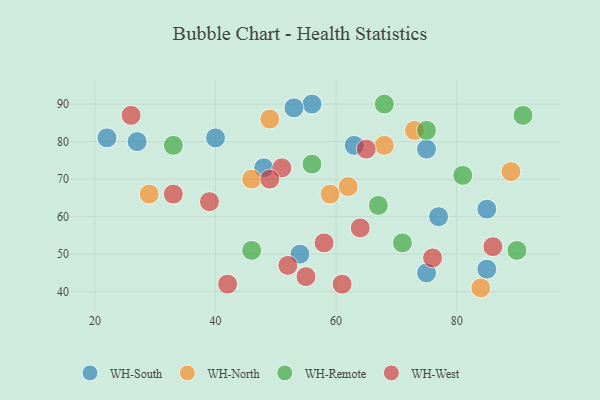
{"axis": {"x": "GDP", "y": "Life Expectancy"}, "legend": ["WH-North", "WH-Remote", "WH-South", "WH-West"], "data": [{"x": "77", "y": 60, "type": "WH-South"}, {"x": "56", "y": 90, "type": "WH-South"}, {"x": "27", "y": 80, "type": "WH-South"}, {"x": "54", "y": 50, "type": "WH-South"}, {"x": "75", "y": 45, "type": "WH-South"}, {"x": "48", "y": 73, "type": "WH-South"}, {"x": "40", "y": 81, "type": "WH-South"}, {"x": "75", "y": 78, "type": "WH-South"}, {"x": "85", "y": 46, "type": "WH-South"}, {"x": "63", "y": 79, "type": "WH-South"}, {"x": "22", "y": 81, "type": "WH-South"}, {"x": "53", "y": 89, "type": "WH-South"}, {"x": "85", "y": 62, "type": "WH-South"}, {"x": "29", "y": 66, "type": "WH-North"}, {"x": "84", "y": 41, "type": "WH-North"}, {"x": "59", "y": 66, "type": "WH-North"}, {"x": "49", "y": 86, "type": "WH-North"}, {"x": "73", "y": 83, "type": "WH-North"}, {"x": "62", "y": 68, "type": "WH-North"}, {"x": "46", "y": 70, "type": "WH-North"}, {"x": "89", "y": 72, "type": "WH-North"}, {"x": "68", "y": 79, "type": "WH-North"}, {"x": "75", "y": 83, "type": "WH-Remote"}, {"x": "71", "y": 53, "type": "WH-Remote"}, {"x": "81", "y": 71, "type": "WH-Remote"}, {"x": "68", "y": 90, "type": "WH-Remote"}, {"x": "90", "y": 51, "type": "WH-Remote"}, {"x": "67", "y": 63, "type": "WH-Remote"}, {"x": "46", "y": 51, "type": "WH-Remote"}, {"x": "56", "y": 74, "type": "WH-Remote"}, {"x": "91", "y": 87, "type": "WH-Remote"}, {"x": "33", "y": 79, "type": "WH-Remote"}, {"x": "76", "y": 49, "type": "WH-West"}, {"x": "39", "y": 64, "type": "WH-West"}, {"x": "33", "y": 66, "type": "WH-West"}, {"x": "64", "y": 57, "type": "WH-West"}, {"x": "86", "y": 52, "type": "WH-West"}, {"x": "42", "y": 42, "type": "WH-West"}, {"x": "65", "y": 78, "type": "WH-West"}, {"x": "51", "y": 73, "type": "WH-West"}, {"x": "55", "y": 44, "type": "WH-West"}, {"x": "61", "y": 42, "type": "WH-West"}, {"x": "26", "y": 87, "type": "WH-West"}, {"x": "52", "y": 47, "type": "WH-West"}, {"x": "49", "y": 70, "type": "WH-West"}, {"x": "58", "y": 53, "type": "WH-West"}]}